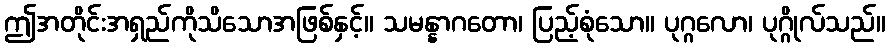
ဤအတိုင်းအရှည်ကိုသိသောအဖြစ်နှင့်။ သမန္နာဂတော၊ ပြည့်စုံသော။ ပုဂ္ဂလော၊ ပုဂ္ဂိုလ်သည်။